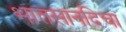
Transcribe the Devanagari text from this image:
भातसानदिचा